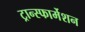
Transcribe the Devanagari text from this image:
ट्रान्स्फार्मेशन